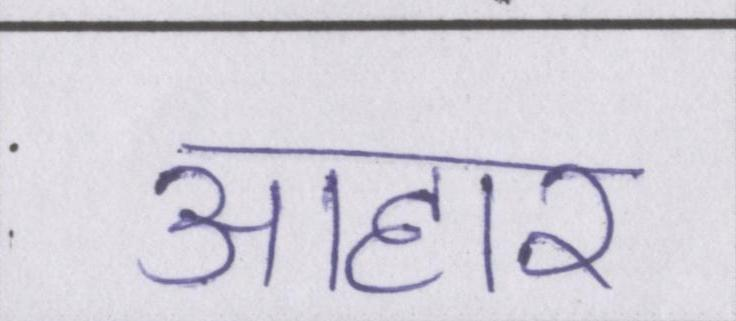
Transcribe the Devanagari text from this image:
आहार